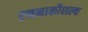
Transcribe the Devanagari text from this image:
रचनाकौशल्य